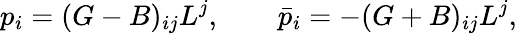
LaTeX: p_{i}=(G-B)_{ij}L^{j},\qquad\bar{p}_{i}=-(G+B)_{ij}L^{j},